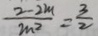
\frac { 2 - 2 m } { m ^ { 2 } } = \frac { 3 } { 2 }